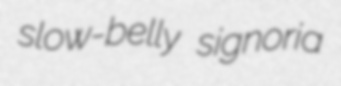
slow-belly signoria